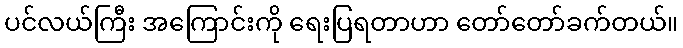
ပင်လယ်ကြီး အကြောင်းကို ရေးပြရတာဟာ တော်တော်ခက်တယ်။